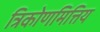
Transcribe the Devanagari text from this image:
त्रिकोणमित्तिय